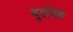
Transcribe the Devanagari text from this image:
बुडविते